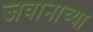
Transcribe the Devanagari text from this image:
जवानाच्या